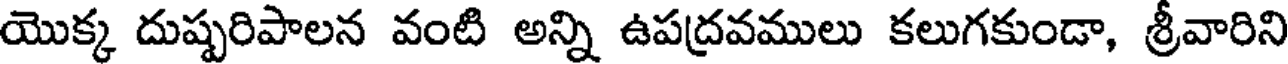
యొక్క దుష్పరిపాలన వంటి అన్ని ఉపద్రవములు కలుగకుండా, శ్రీవారిని